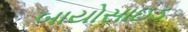
બાયોસાઇડ